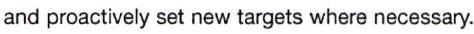
and proactively set new targets where necessary.